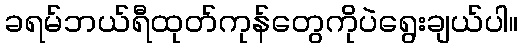
ခရမ်ဘယ်ရီထုတ်ကုန်တွေကိုပဲရွေးချယ်ပါ။